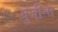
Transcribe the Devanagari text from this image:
युजीन्स